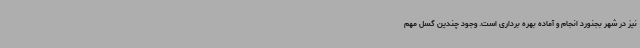
نیز در شهر بجنورد انجام و آماده بهره برداری است. وجود چندین گسل مهم